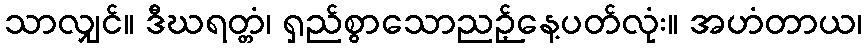
သာလျှင်။ ဒီဃရတ္တံ၊ ရှည်စွာသောညဉ့်နေ့ပတ်လုံး။ အဟံတာယ၊